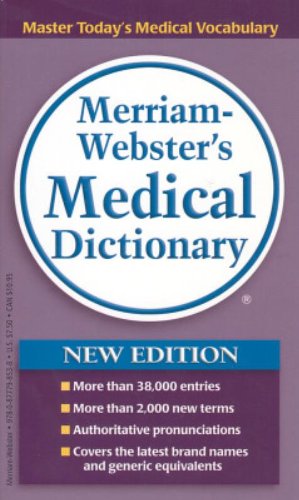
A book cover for Merriam-webster's Medical Dictionary; Medical Books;